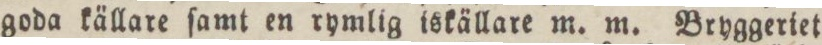
goda källare ſamt en rymlig iskällare m. m. Bryggeriet